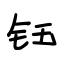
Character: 钰